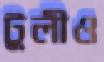
টুলীও